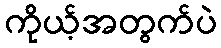
ကိုယ့်အတွက်ပဲ